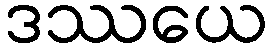
ဒဿယေ